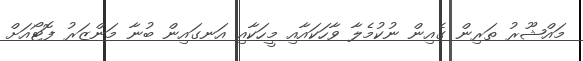
މައްޝޫރު ތަރިން ގެއިން ނުކުމެލާ ވާހަކައާއި މީހަކާއި އަނގައިން ބުނާ މަންޒަރު ފޮޓޯއަށް